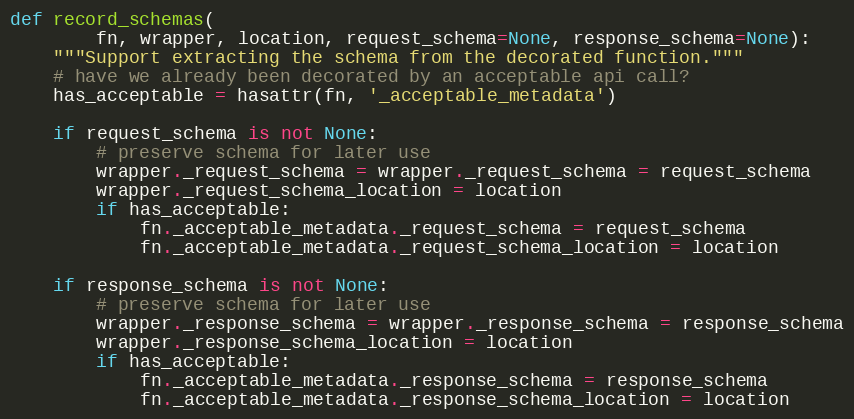
Language: Python
def record_schemas(
        fn, wrapper, location, request_schema=None, response_schema=None):
    """Support extracting the schema from the decorated function."""
    # have we already been decorated by an acceptable api call?
    has_acceptable = hasattr(fn, '_acceptable_metadata')

    if request_schema is not None:
        # preserve schema for later use
        wrapper._request_schema = wrapper._request_schema = request_schema
        wrapper._request_schema_location = location
        if has_acceptable:
            fn._acceptable_metadata._request_schema = request_schema
            fn._acceptable_metadata._request_schema_location = location

    if response_schema is not None:
        # preserve schema for later use
        wrapper._response_schema = wrapper._response_schema = response_schema
        wrapper._response_schema_location = location
        if has_acceptable:
            fn._acceptable_metadata._response_schema = response_schema
            fn._acceptable_metadata._response_schema_location = location